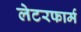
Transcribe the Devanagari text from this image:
लेटरफार्म